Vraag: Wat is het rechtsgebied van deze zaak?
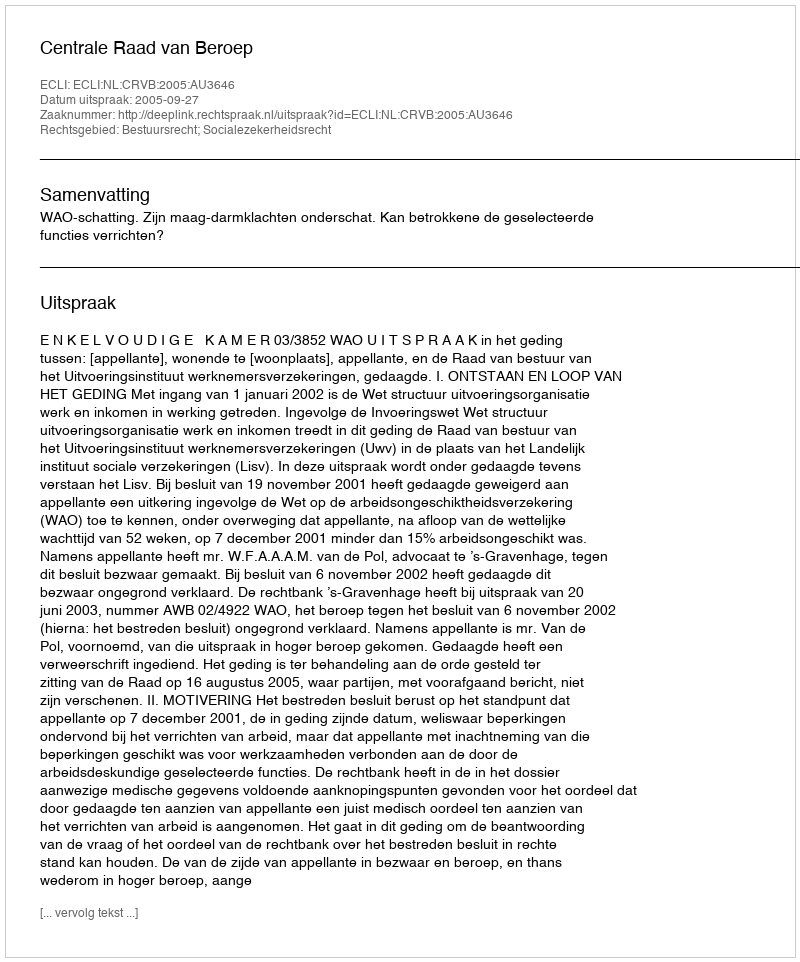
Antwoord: Bestuursrecht; Socialezekerheidsrecht